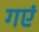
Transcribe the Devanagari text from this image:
गएं